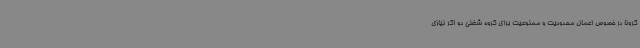
کرونا در خصوص اعمال محدودیت و ممنوعیت برای گروه شغلی دو اگر نیازی